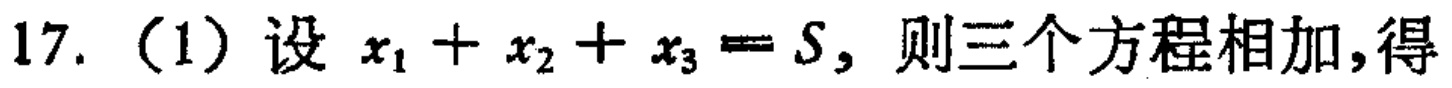
17.（1）设 \(x_{1}+x_{2}+x_{3}=S\)，则三个方程相加，得